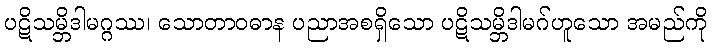
ပဋိသမ္ဘိဒါမဂ္ဂဿ၊ သောတာဝဓာန ပညာအစရှိသော ပဋိသမ္ဘိဒါမဂ်ဟူသော အမည်ကို